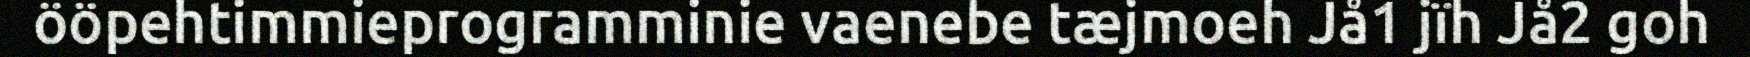
ööpehtimmieprogramminie vaenebe tæjmoeh Jå1 jïh Jå2 goh